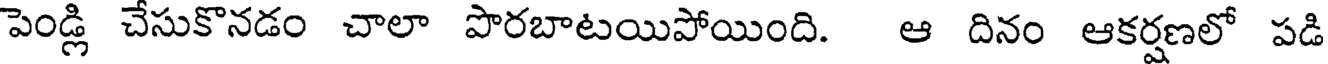
పెండ్లి చేసుకొనడం చాలా పొరబాటయిపోయింది. ఆ దినం ఆకర్షణలో పడి